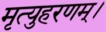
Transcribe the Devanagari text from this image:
मृत्युहरणम्‌।